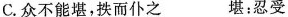
C.众不能堪，拱而仆之 堪：忍受